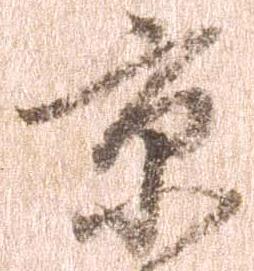
京